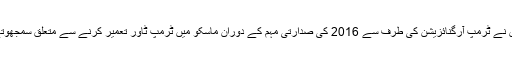
اُنہوں نے گزشتہ دسمبر میں بھی یہ اقبال جرم کیا تھا کہ اُنہوں نے ٹرمپ آرگنائزیشن کی طرف سے 2016 کی صدارتی مہم کے دوران ماسکو میں ٹرمپ ٹاور تعمیر کرنے سے متعلق سمجھوتے کی کوششوں کے بارے میں کانگریس میں جھوٹ بولا تھا۔